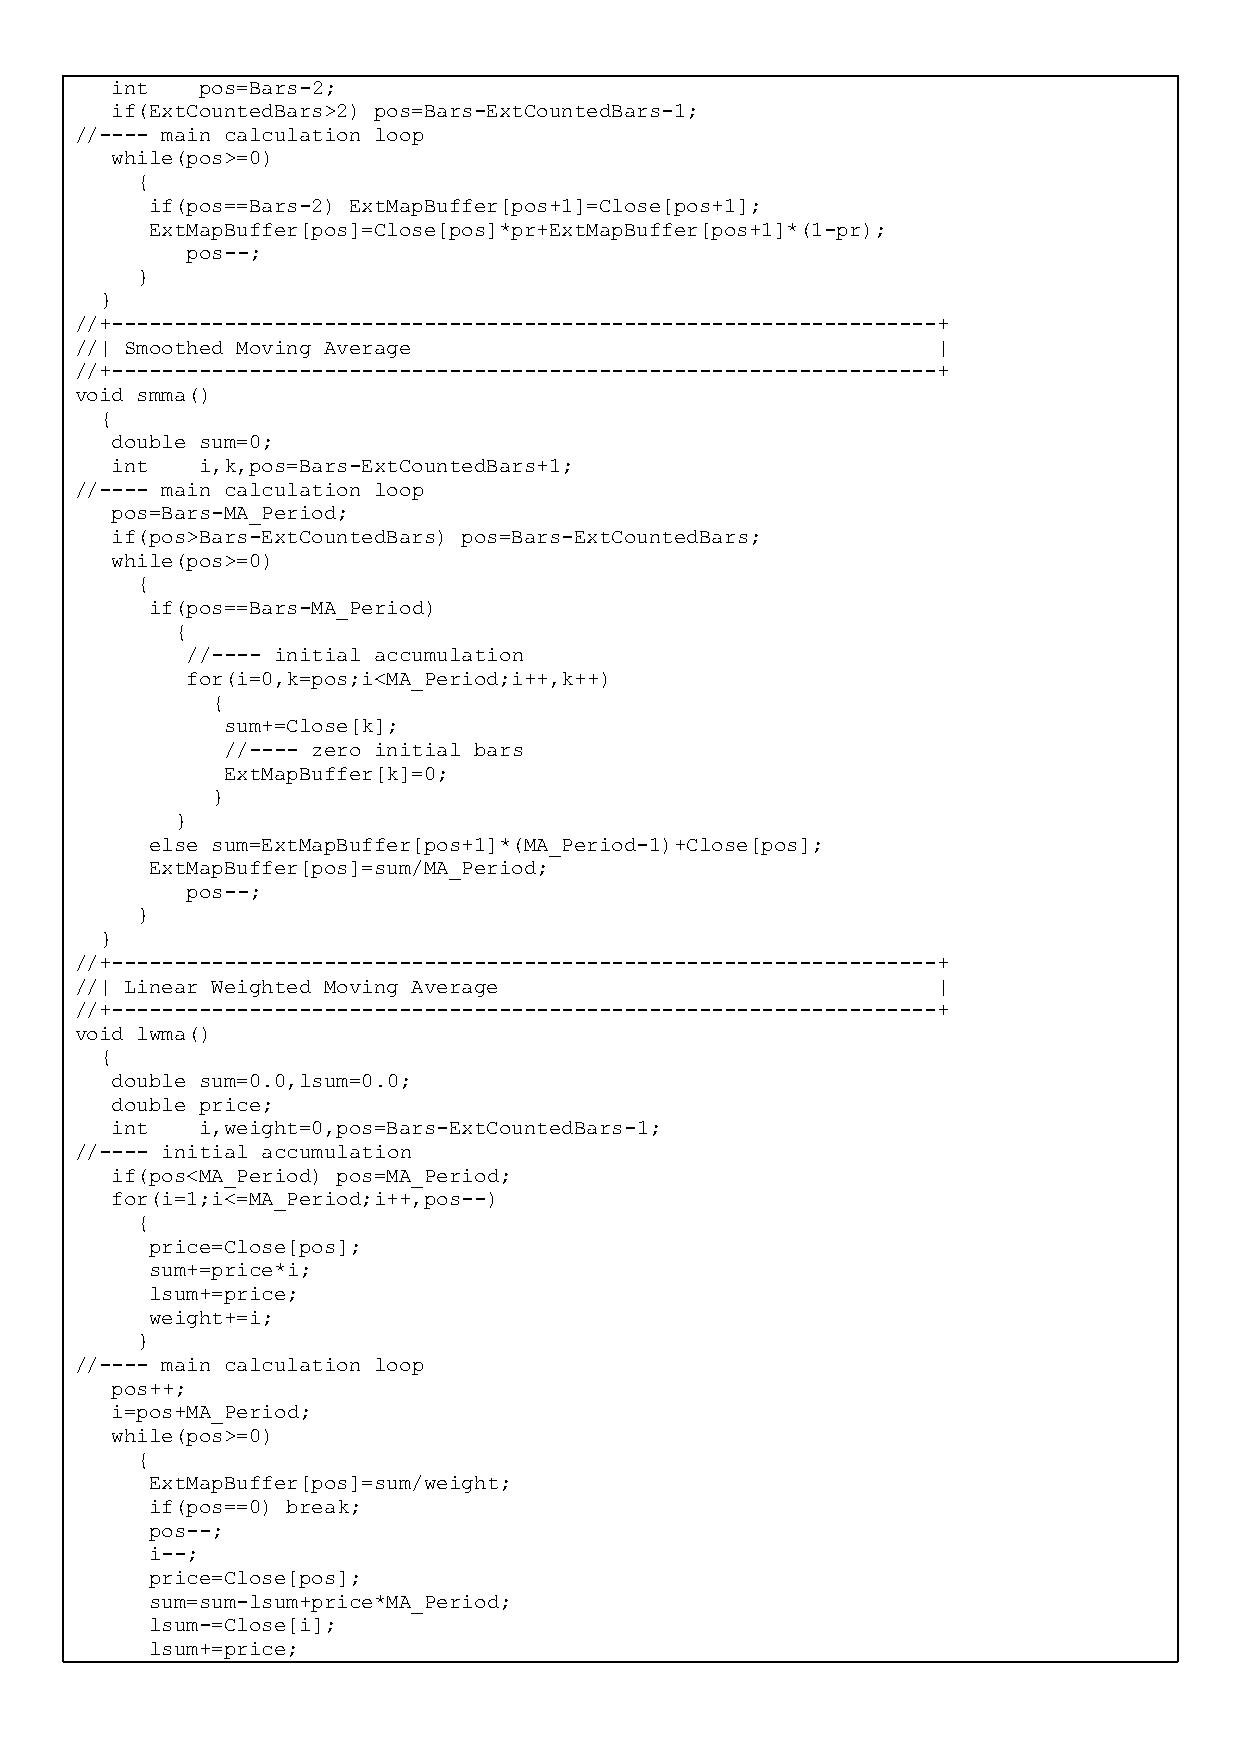
int   pos=Bars-2;
 if(ExtCountedBars>2) pos=Bars-ExtCountedBars-1;
 //---- main calculation loop
 while(pos>=0)
 {
 if(pos==Bars-2) ExtMapBuffer[pos+1]=Close[pos+1];
 ExtMapBuffer[pos]=Close[pos]*pr+ExtMapBuffer[pos+1]*(1-pr);
 pos--;
 }
 }
 //+------------------------------------------------------------------+
 //| Smoothed Moving Average                              |
 //+------------------------------------------------------------------+
 void smma()
 {
 double sum=0;
 int   i,k,pos=Bars-ExtCountedBars+1;
 //---- main calculation loop
 pos=Bars-MA_Period;
 if(pos>Bars-ExtCountedBars) pos=Bars-ExtCountedBars;
 while(pos>=0)
 {
 if(pos==Bars-MA_Period)
 {
 //---- initial accumulation
 for(i=0,k=pos;i<MA_Period;i++,k++)
 {
 sum+=Close[k];
 //---- zero initial bars
 ExtMapBuffer[k]=0;
 }
 }
 else sum=ExtMapBuffer[pos+1]*(MA_Period-1)+Close[pos];
 ExtMapBuffer[pos]=sum/MA_Period;
 pos--;
 }
 }
 //+------------------------------------------------------------------+
 //| Linear Weighted Moving Average                       |
 //+------------------------------------------------------------------+
 void lwma()
 {
 double sum=0.0,lsum=0.0;
 double price;
 int   i,weight=0,pos=Bars-ExtCountedBars-1;
 //---- initial accumulation
 if(pos<MA_Period) pos=MA_Period;
 for(i=1;i<=MA_Period;i++,pos--)
 {
 price=Close[pos];
 sum+=price*i;
 lsum+=price;
 weight+=i;
 }
 //---- main calculation loop
 pos++;
 i=pos+MA_Period;
 while(pos>=0)
 {
 ExtMapBuffer[pos]=sum/weight;
 if(pos==0) break;
 pos--;
 i--;
 price=Close[pos];
 sum=sum-lsum+price*MA_Period;
 lsum-=Close[i];
 lsum+=price;